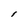
Character: I